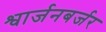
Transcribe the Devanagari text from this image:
श्वार्जनबर्जर